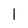
Character: 1